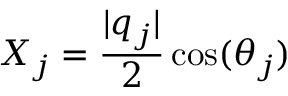
X _ { j } = \frac { \lvert q _ { j } \rvert } { 2 } \cos ( \theta _ { j } )